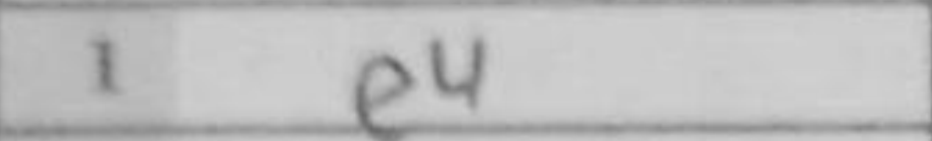
Transcription: e4